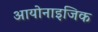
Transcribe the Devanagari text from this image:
आयोनाइजिक